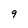
Character: 9